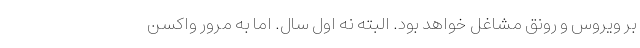
بر ویروس و رونق مشاغل خواهد بود. البته نه اول سال. اما به مرور واکسن